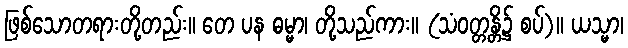
ဖြစ်သောတရားတို့တည်း။ တေ ပန ဓမ္မာ၊ တို့သည်ကား။ (သံဝတ္တန္တိ၌ စပ်)။ ယသ္မာ၊